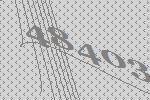
48403